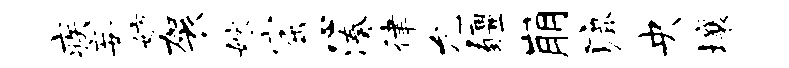
疾妄妨袈嫁窟心凑律允疆崩漉央壤